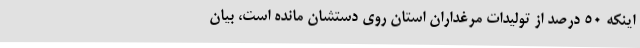
اینکه 50 درصد از تولیدات مرغداران استان روی دستشان مانده است، بیان